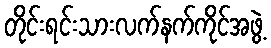
တိုင်းရင်းသားလက်နက်ကိုင်အဖွဲ့